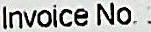
INVOICE NO. :